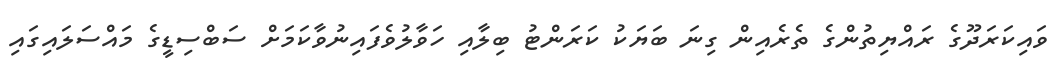
ވައިކަރަދޫގެ ރައްޔިތުންގެ ތެރެއިން ގިނަ ބަޔަކު ކަރަންޓު ބިލާއި ހަވާލުވެފައިނުވާކަމަށް ސަބްސިޑީގެ މައްސަލައިގައި